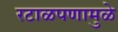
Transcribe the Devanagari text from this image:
रटाळपणामुळे